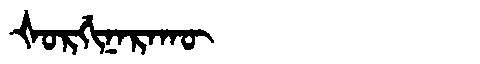
Manchu: ᡧᠣᡵᡤᡳᠨᠠᡵᠠᡴᡡ
Romanization: ŠORGINARAKŪ